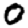
Digit: 0